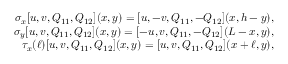
\begin{array} { r } { \sigma _ { x } [ u , v , Q _ { 1 1 } , Q _ { 1 2 } ] ( x , y ) = [ u , - v , Q _ { 1 1 } , - Q _ { 1 2 } ] ( x , h - y ) , } \\ { \sigma _ { y } [ u , v , Q _ { 1 1 } , Q _ { 1 2 } ] ( x , y ) = [ - u , v , Q _ { 1 1 } , - Q _ { 1 2 } ] ( L - x , y ) , } \\ { \tau _ { x } ( \ell ) [ u , v , Q _ { 1 1 } , Q _ { 1 2 } ] ( x , y ) = [ u , v , Q _ { 1 1 } , Q _ { 1 2 } ] ( x + \ell , y ) , } \end{array}